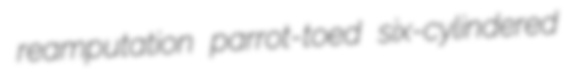
reamputation parrot-toed six-cylindered